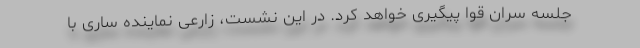
جلسه سران قوا پیگیری خواهد کرد. در این نشست، زارعی نماینده ساری با